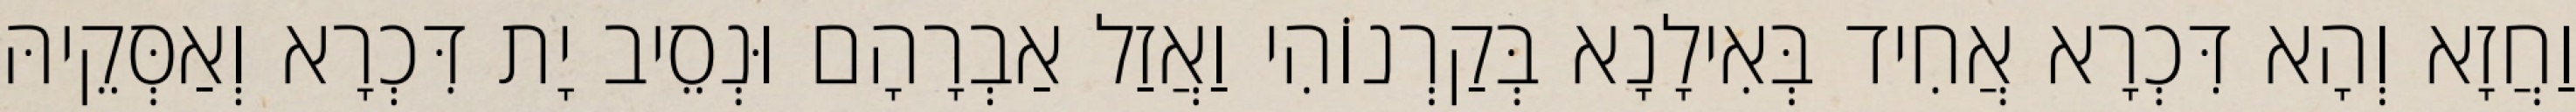
וַחֲזָא וְהָא דִּכְרָא אֲחִיד בְּאִילָנָא בְּקַרְנוֹהִי וַאֲזַל אַבְרָהָם וּנְסֵיב יָת דִּכְרָא וְאַסְּקֵיהּ